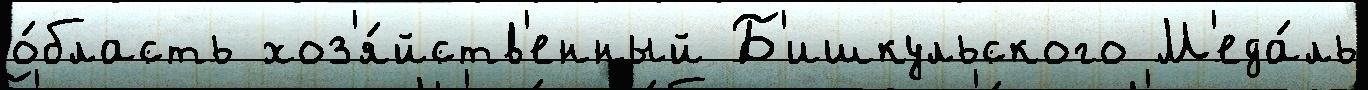
о́бласть хоз'я́йств'енный Б'ишкульского М'еда́ль